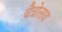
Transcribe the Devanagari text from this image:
चैत्रोत्सव